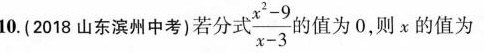
10.(2018山东滨州中考)若分式 $$\frac { x ^ { 2 } - 9 } { x - 3 }$$的值为0，则x的值为